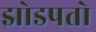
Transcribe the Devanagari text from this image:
झोडपतो